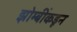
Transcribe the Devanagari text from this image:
झोम्बींकडून